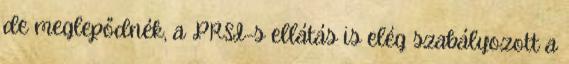
de meglepődnék, a PRSI-s ellátás is elég szabályozott a